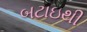
બટાઇથી